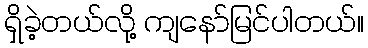
ရှိခဲ့တယ်လို့ ကျနော်မြင်ပါတယ်။